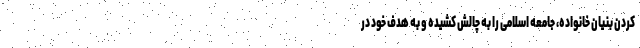
کردن بنیان خانواده، جامعه اسلامی را به چالش کشیده و به هدف خود در